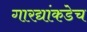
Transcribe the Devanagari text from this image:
गारद्यांकडेच